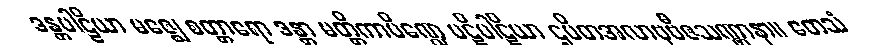
ဒန္တပါဠိယာ မဇ္ဈေ စတ္တာရော ဒန္တာ မတ္တိကာပိဏ္ဍေ ပဋိပါဋိယာ ဌပိတအလာဗုဗီဇသဏ္ဌာနာ။ တေသံ